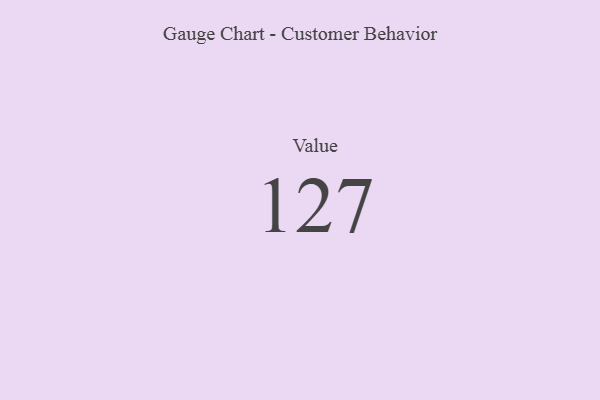
{"axis": {"x": "Metric", "y": "Value"}, "legend": [""], "data": [{"x": "Value", "y": 127, "type": ""}]}